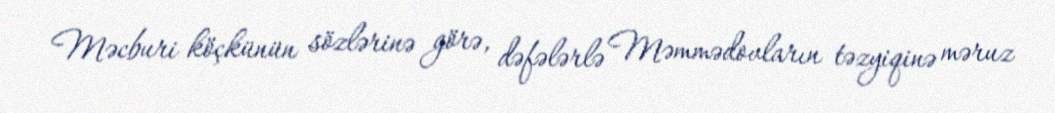
Məcburi köçkünün sözlərinə görə, dəfələrlə Məmmədovların təzyiqinə məruz